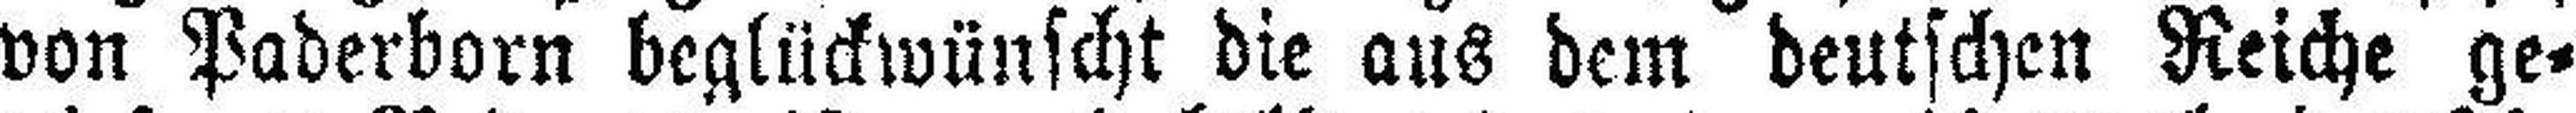
von Paderborn beglückwünscht die aus dem deutschen Reiche ge¬